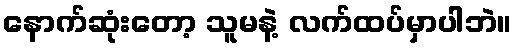
နောက်ဆုံးတော့ သူမနဲ့ လက်ထပ်မှာပါဘဲ။